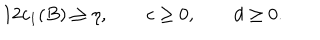
LaTeX: 1 2 c _ { 1 } ( B ) \geq \eta , \qquad c \geq 0 , \qquad d \geq 0 .